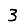
Digit: 3